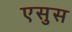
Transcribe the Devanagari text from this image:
एसुस